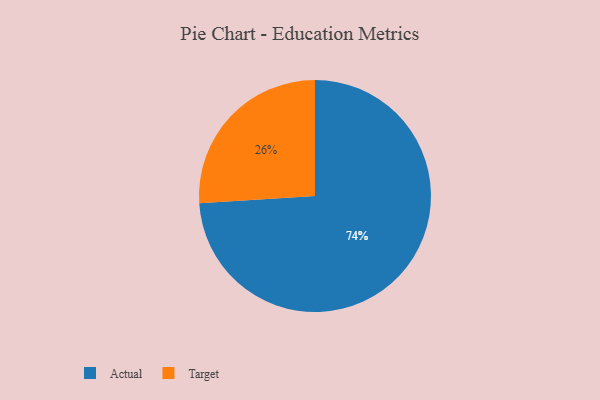
{"axis": {"x": "Category", "y": "Percentage"}, "legend": ["Actual", "Target"], "data": [{"x": "Actual", "y": 74, "type": "Actual"}, {"x": "Target", "y": 26, "type": "Target"}]}